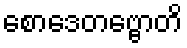
စောဒေတဗ္ဗောတိ